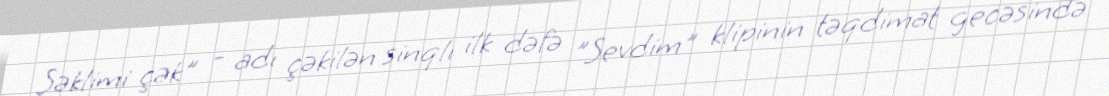
Şəklimi çək" - adı çəkilən sinqlı ilk dəfə "Sevdim" klipinin təqdimat gecəsində